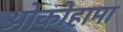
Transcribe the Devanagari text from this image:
ओकोहामा